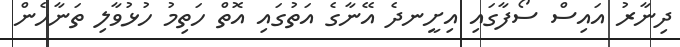
ދިނާރު އައިސް ސޯފާގައި އިށީނދެ އޭނާގެ އަތުގައި އޮތް ހަތިމު ހުޅުވާލި ތަނާހެން